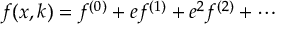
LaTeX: f ( x , k ) = f ^ { ( 0 ) } + e f ^ { ( 1 ) } + e ^ { 2 } f ^ { ( 2 ) } + \cdots